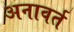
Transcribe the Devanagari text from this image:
अनावर्त